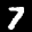
Label: 7